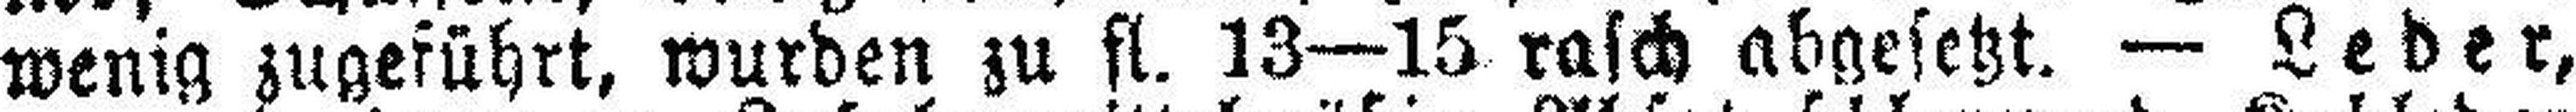
wenig zugeführt, wurden zu fl. 13—15 rasch abgesetzt. — Leder,